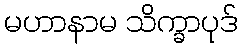
မဟာနာမ သိက္ခာပုဒ်